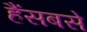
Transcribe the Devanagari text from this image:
हैंसबसे